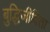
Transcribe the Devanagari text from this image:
बुद्धिजीविता